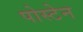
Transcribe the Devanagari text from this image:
पोस्टेन